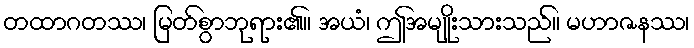
တထာဂတဿ၊ မြတ်စွာဘုရား၏။ အယံ၊ ဤအမျိုးသားသည်။ မဟာဇနဿ၊